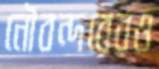
নৌবন্দরেরও